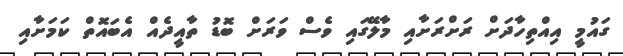
ގައުމީ އިއްތިހާދަށް ރަށްރަށާއި މާލޭގައި ވެސް ވަރަށް ބޮޑު ތާއީދެއް އެބައޮތް ކަމަށާއި